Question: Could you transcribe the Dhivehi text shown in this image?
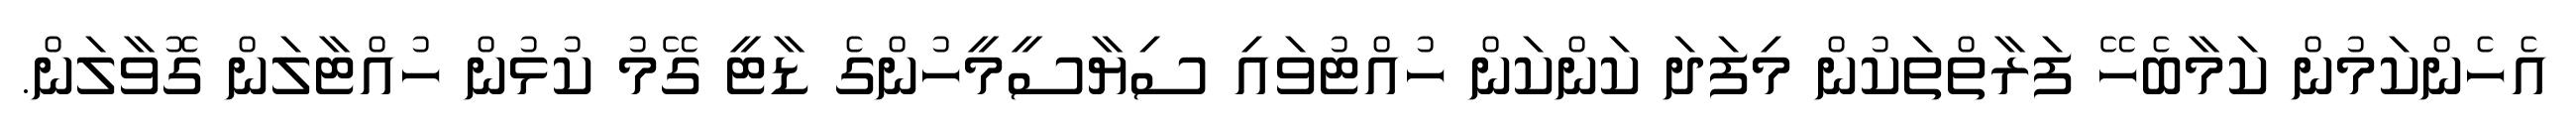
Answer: އެހެންކަމުން ކަމާބެހޭ ފަރާތްތަކުން މިފަދަ ކަންކަން ހުއްޓުވައި ސިޔާސީމީހުންގެ ޑާޓީ ގޭމު ކުޅުން ހުއްޓާލަން ގޮވާލަން.